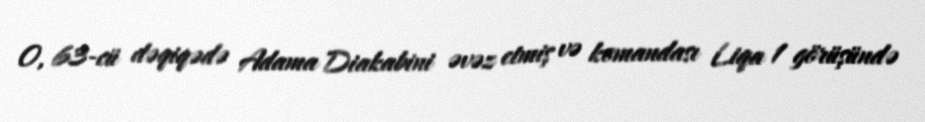
O, 63-cü dəqiqədə Adama Diakabini əvəz etmiş və komandası Liqa 1 görüşündə